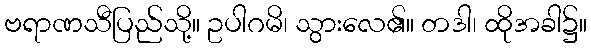
ဗရာဏသီပြည်သို့။ ဥပါဂမိ၊ သွားလေ၏။ တဒါ၊ ထိုအခါ၌။